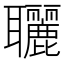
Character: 𦘐